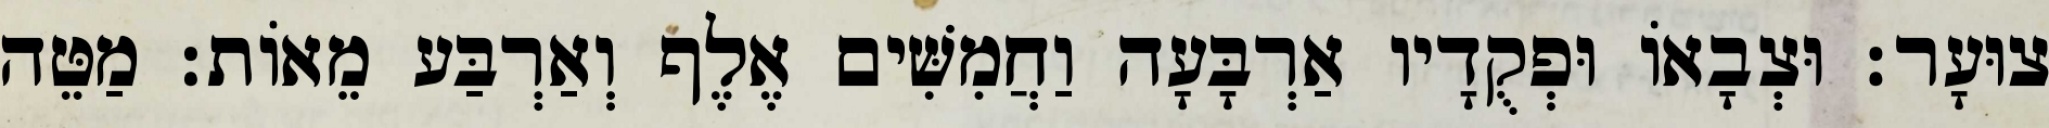
צוּעָר׃ וּצְבָאוֹ וּפְקֻדָיו אַרְבָּעָה וַחֲמִשִּׁים אֶלֶף וְאַרְבַּע מֵאוֹת׃ מַטֵּה